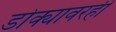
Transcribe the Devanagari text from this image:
डोक्यावरही